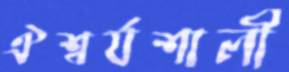
ঐশ্বর্যশালী